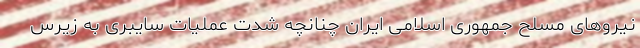
نیروهای مسلح جمهوری اسلامی ایران چنانچه شدت عملیات سایبری به زیرس